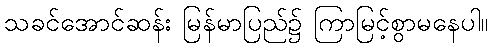
သခင်အောင်ဆန်း မြန်မာပြည်၌ ကြာမြင့်စွာမနေပါ။